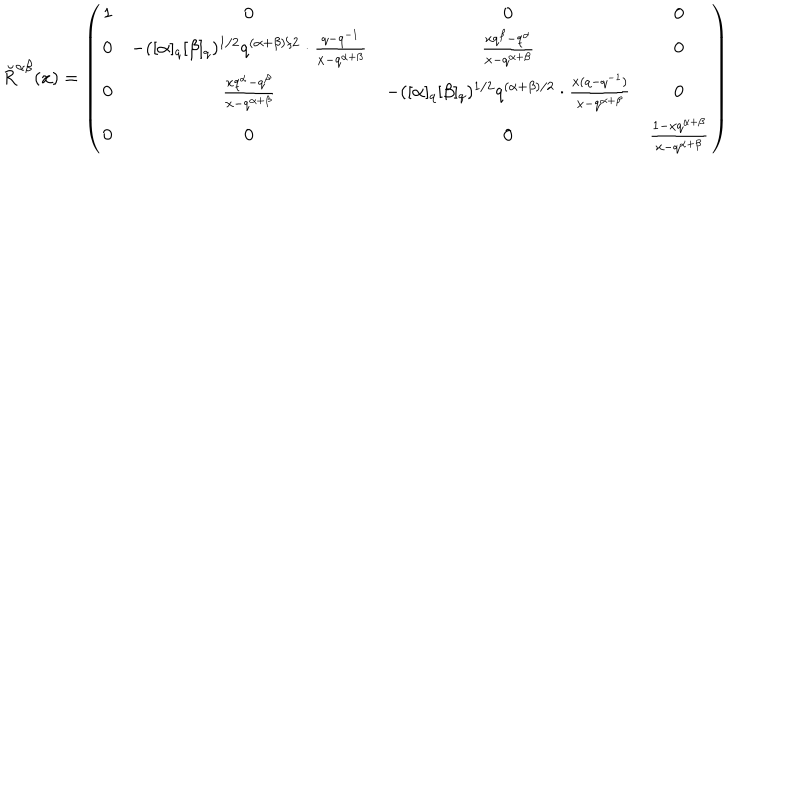
\breve { R } ^ { \alpha \beta } ( x ) = \left( \begin{array} { c c c c } { { 1 } } & { { 0 } } & { { 0 } } & { { 0 } } \\ { { 0 } } & { { - ( [ \alpha ] _ { q } [ \beta ] _ { q } ) ^ { 1 / 2 } q ^ { ( \alpha + \beta ) / 2 } \cdot \frac { q - q ^ { - 1 } } { x - q ^ { \alpha + \beta } } } } & { { \frac { x q ^ { \beta } - q ^ { \alpha } } { x - q ^ { \alpha + \beta } } } } & { { 0 } } \\ { { 0 } } & { { \frac { x q ^ { \alpha } - q ^ { \beta } } { x - q ^ { \alpha + \beta } } } } & { { - ( [ \alpha ] _ { q } [ \beta ] _ { q } ) ^ { 1 / 2 } q ^ { ( \alpha + \beta ) / 2 } \cdot \frac { x ( q - q ^ { - 1 } ) } { x - q ^ { \alpha + \beta } } } } & { { 0 } } \\ { { 0 } } & { { 0 } } & { { 0 } } & { { \frac { 1 - x q ^ { \alpha + \beta } } { x - q ^ { \alpha + \beta } } } } \\ \end{array} \right)